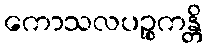
ကောသလပဉ္စကန္တိ